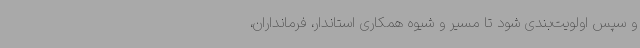
و سپس اولویت‌بندی شود تا مسیر و شیوه همکاری استاندار، فرمانداران،